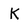
Character: K